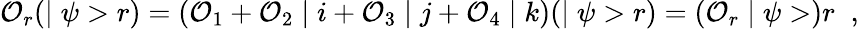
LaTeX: {\cal O}_{r}(\mid\psi>r)=({\cal O}_{1}+{\cal O}_{2}\mid i+{\cal O}_{3}\mid j+{\cal O}_{4}\mid k)(\mid\psi>r)=({\cal O}_{r}\mid\psi>)r\; \; ,